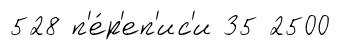
528 п'е́р'еп'ис'и 35 2500